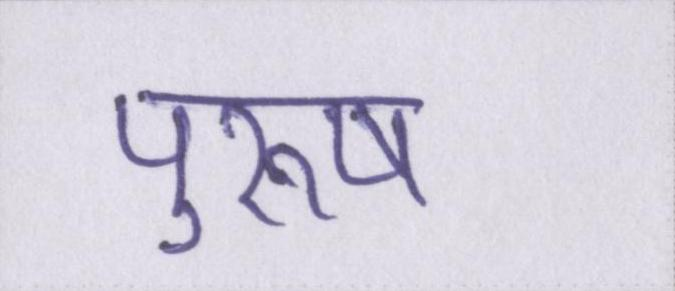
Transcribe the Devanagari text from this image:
पुरूष